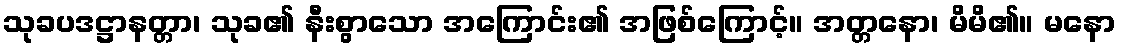
သုခပဒဋ္ဌာနတ္တာ၊ သုခ၏ နီးစွာသော အကြောင်း၏ အဖြစ်ကြောင့်။ အတ္တနော၊ မိမိ၏။ မနော